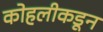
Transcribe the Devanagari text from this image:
कोहलीकडून